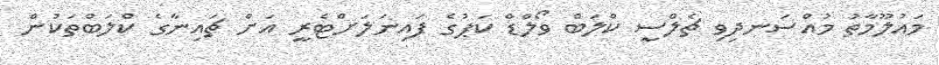
މައުލޫމާތު މުއްސަނދިވި ޗެލްސީ ކްލަބް ވޯލްޑް ކަޕުގެ ފައިނަލަށްޓެރީ އަށް ޗައިނާގެ ކްލަބްތަކުން